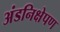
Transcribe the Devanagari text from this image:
अंडनिक्षेपण